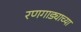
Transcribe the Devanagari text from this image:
रणगाड्याच्या